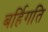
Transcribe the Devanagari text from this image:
बर्हिगति